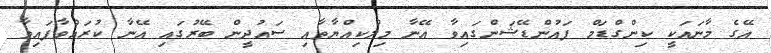
އޭގެ މާނައަކީ ކިންގްޑަމް ފައުންޑޭޝަންގައިވާ އޭނާ މިލްކިއްޔާތާއި ސައުދީން ބޭރުގައި އޭނާ ކުރައްވާފައިވާ